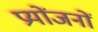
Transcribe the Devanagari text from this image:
प्रयोंजनों